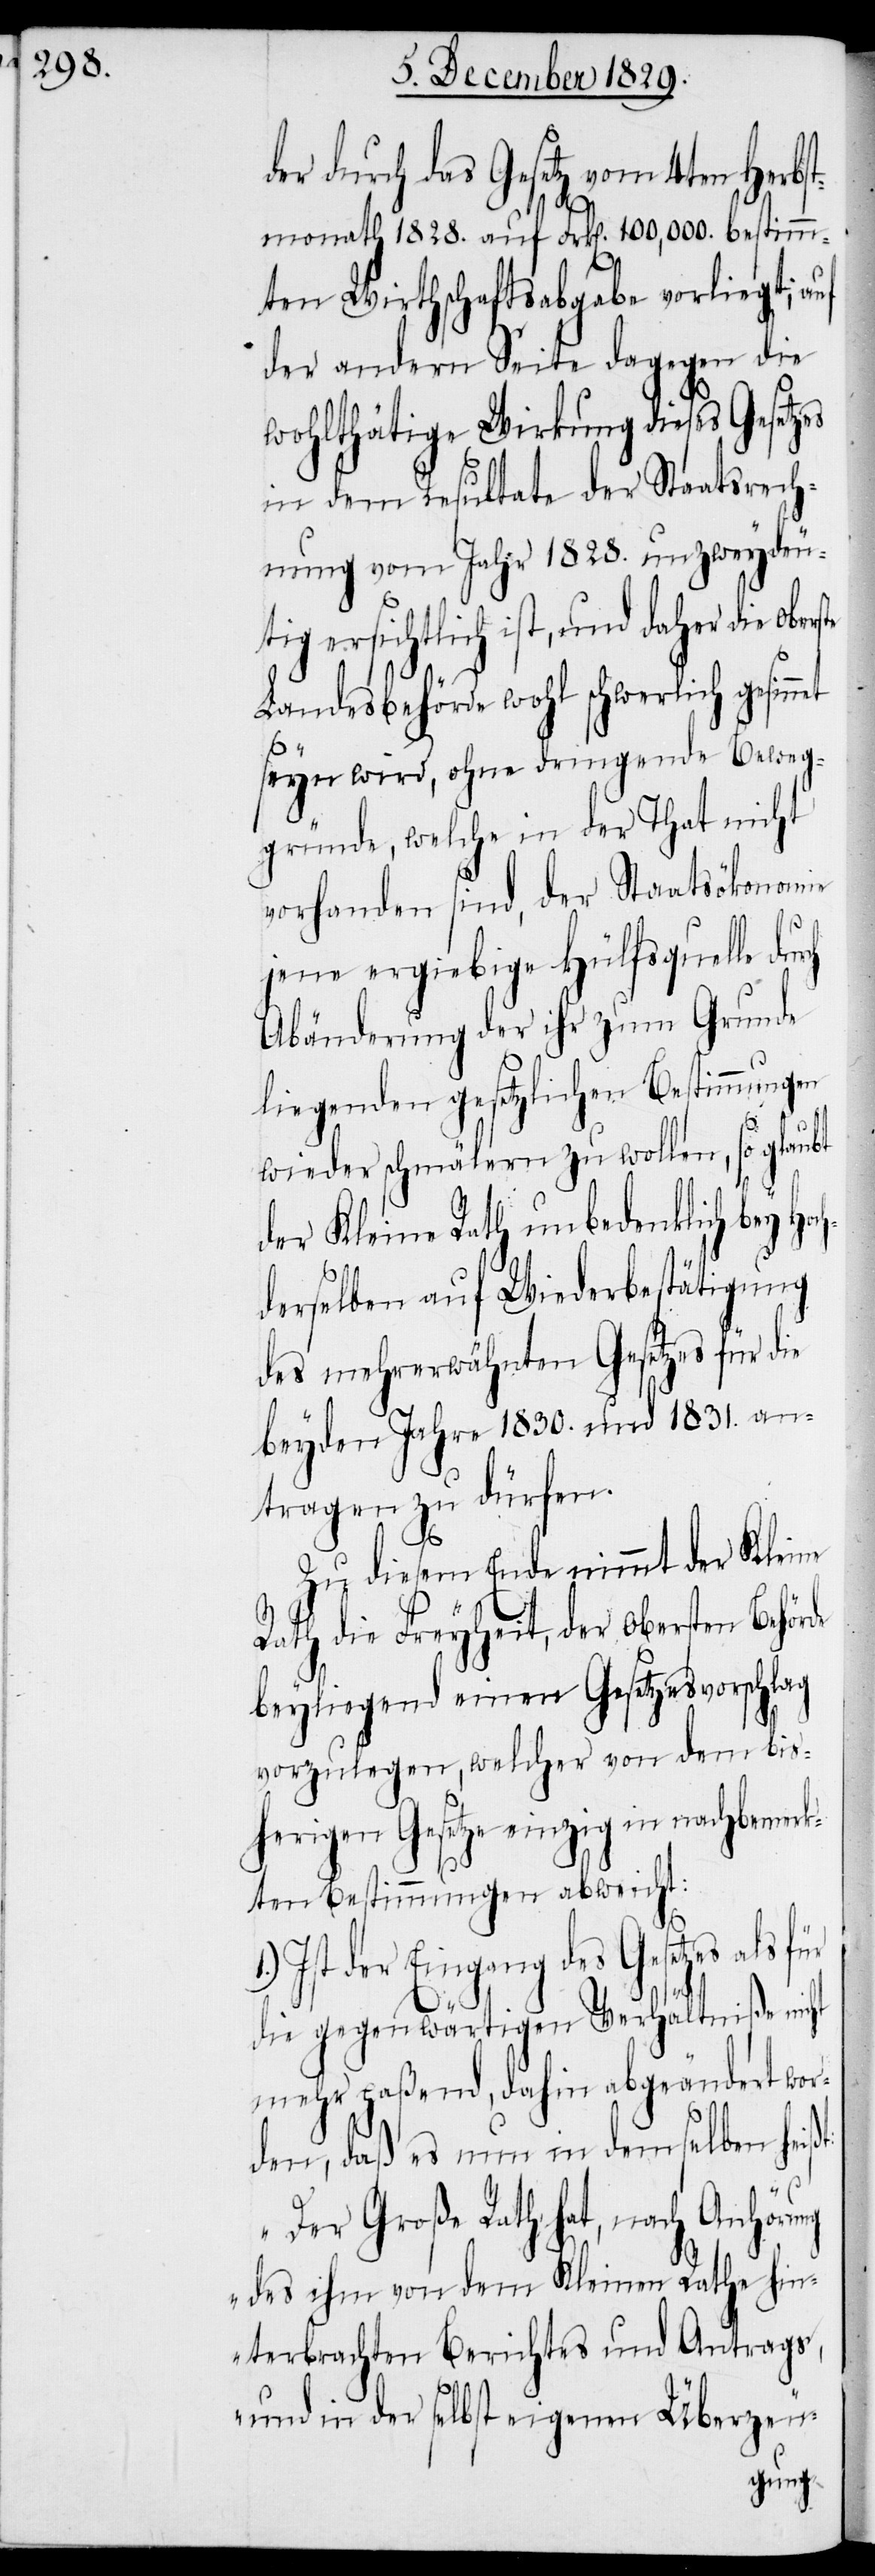
de

der durch das Gesetz vom 4ten Herbs¬
tmonath 1828. auf Frk[en]. 100,000. bestimm¬
ten Wirthschaftsabgabe vorliegt; auf
der andern Seite dagegen die
wohlthätige Wirkung dieses
in dem Resultate der Staatsrech¬
nung vom Jahr 1828. unzweydeu¬
tig ersichtlich ist, und daher die
Landesbehörde wohl schwerlich gesinn¬
et seyn wird, ohne dringende Beweg¬
gründe, welche in der That nicht
vorhanden sind, der Staatsökonomie
jene ergiebige Hülfsquelle
Abänderung der ihr zum Grunde
liegenden gesetzlichen Bestimmungen
wieder schmälern zu wollen, so glaubt
der Kleine Rath unbedenklich bey Hoc¬
hderselben auf Wiederbesetzung
des mehrerwähnten Gesetzes für die
beyden Jahre 1830. und 1831. an¬
tragen zu dürfen.
Zu diesem Ende nimmt der Kleine
Rath die Freyheit, der Obersten Behör¬
beyliegend einen Gesetzesvorschlag
vorzulegen, welcher von dem bis¬
herigen Gesetze einzig in nachbemerk¬
ten Bestimmungen abweicht:
Ist der Eingang des Gesetzes als
die gegenwärtigen Verhältniße nicht
mehr paßend, dahin abgeändert wor¬
den, daß es nun in demselben
„Der Große Rath hat, nach Anhörung
des ihm von dem Kleinen Rathe hin¬
terbrachten Berichtes und Antrags,
und in der selbst eigenen Überzeu-